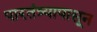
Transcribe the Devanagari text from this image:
पारतंत्र्यापासून